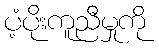
ပံ့ပိုးကူညီမှုကို